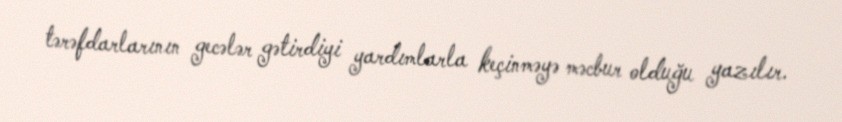
tərəfdarlarının gecələr gətirdiyi yardımlarla keçinməyə məcbur olduğu yazılır.